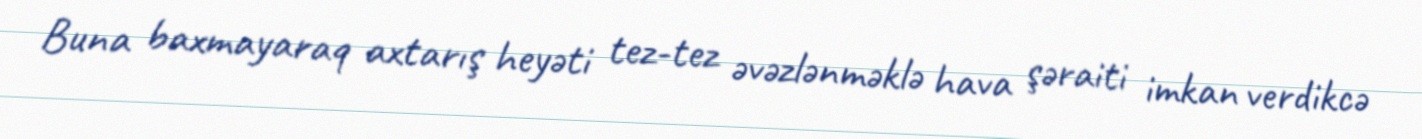
Buna baxmayaraq axtarış heyəti tez-tez əvəzlənməklə hava şəraiti imkan verdikcə